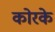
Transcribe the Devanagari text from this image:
कोरके